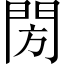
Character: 閍